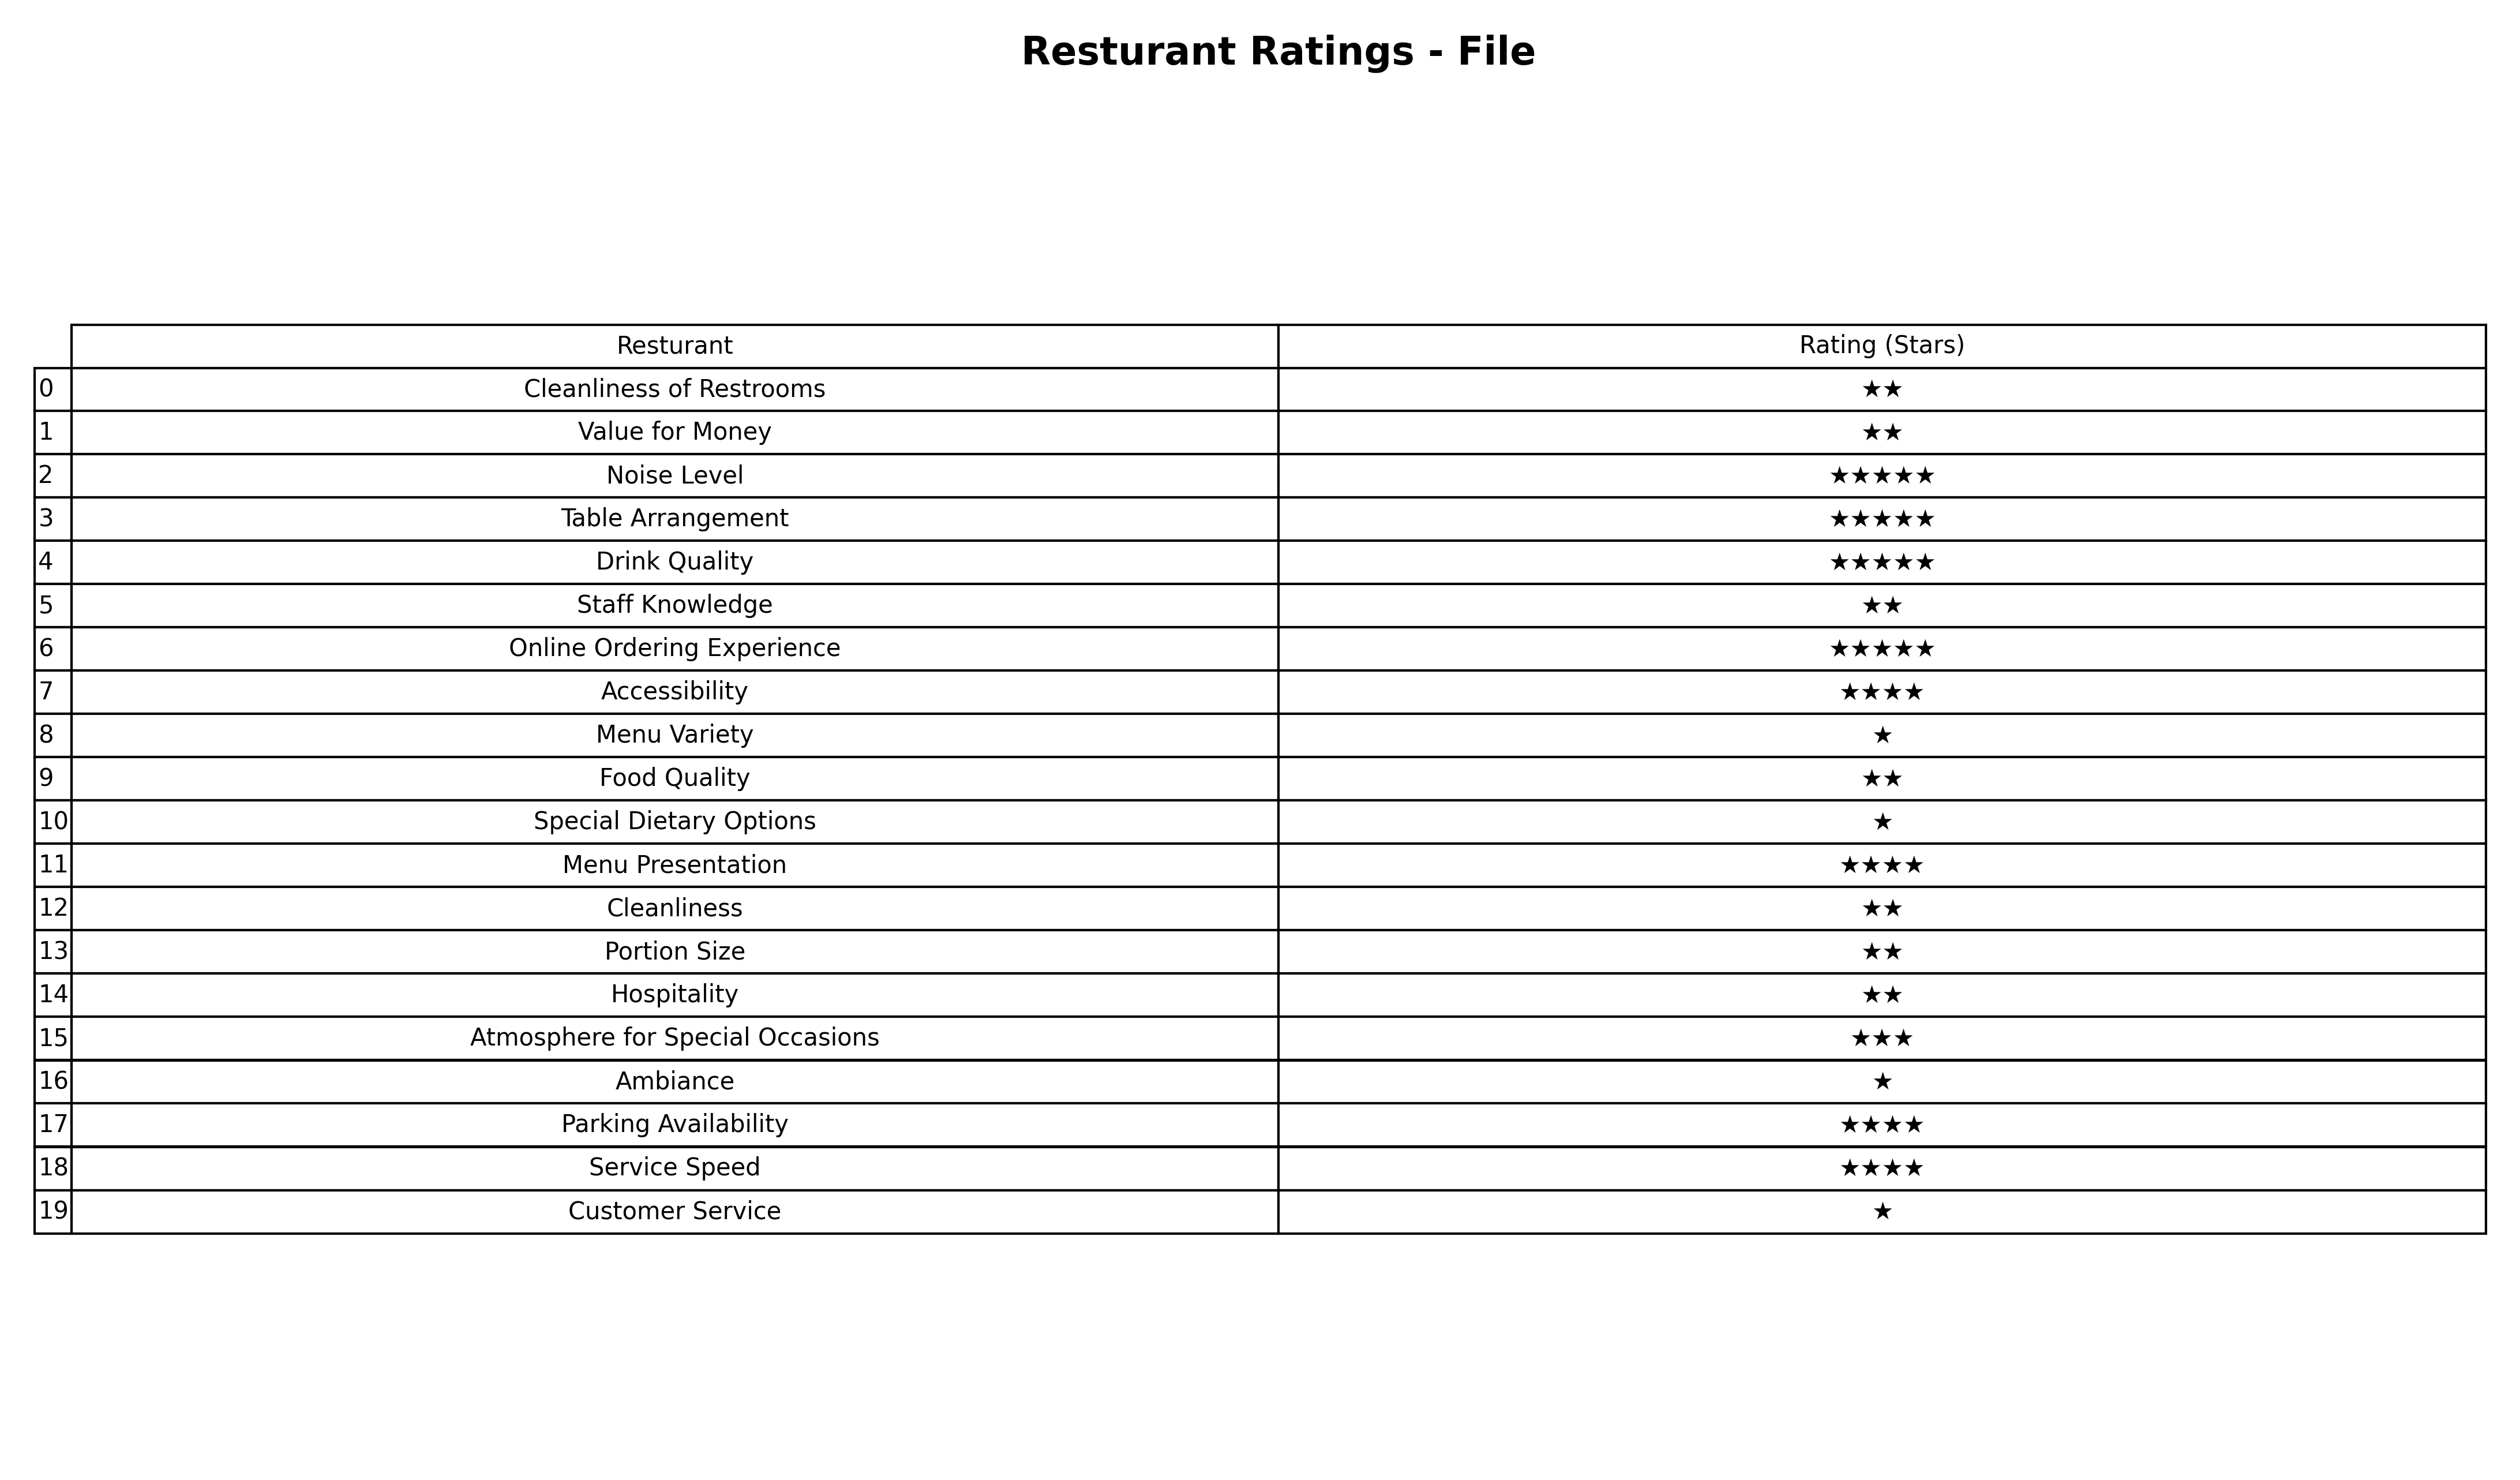
question: What are three star services?
answer: Atmosphere for Special Occasions